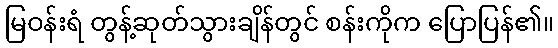
မြဝန်းရံ တွန့်ဆုတ်သွားချိန်တွင် စန်းကိုက ပြောပြန်၏။